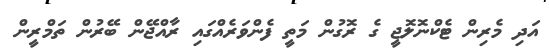
އަދި މެރިން ޓެކްނޮލޮޖީ ގެ ރޮގުން މަތީ ފެންވަރެއްގައި ރާއްޖޭން ބޭރުން ތަމްރީން